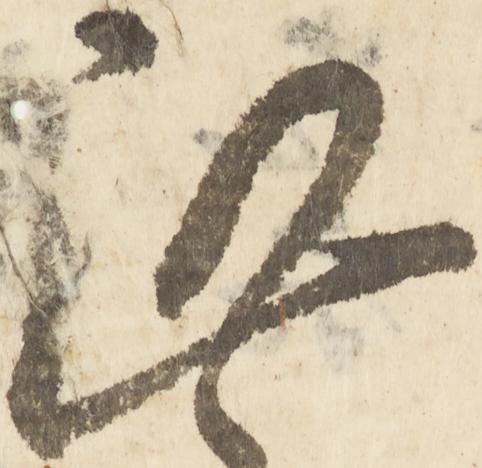
謹